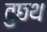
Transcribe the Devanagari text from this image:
वुछथ